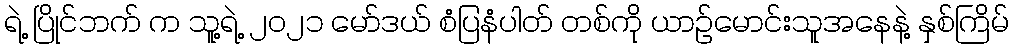
ရဲ့ ပြိုင်ဘက် က သူ့ရဲ့ ၂၀၂၁ မော်ဒယ် စံပြနံပါတ် တစ်ကို ယာဉ်မောင်းသူအနေနဲ့ နှစ်ကြိမ်